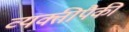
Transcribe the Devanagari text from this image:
व्यक्तीपैकी